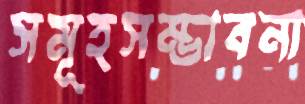
সমূহসম্ভাবনা